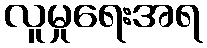
လူမှုရေးအရ